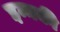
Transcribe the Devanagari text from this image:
इन्नकी